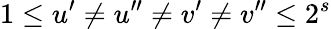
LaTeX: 1\leq u^{\prime}\neq u^{\prime\prime}\neq v^{\prime}\neq v^{\prime\prime}\leq 2^{s}